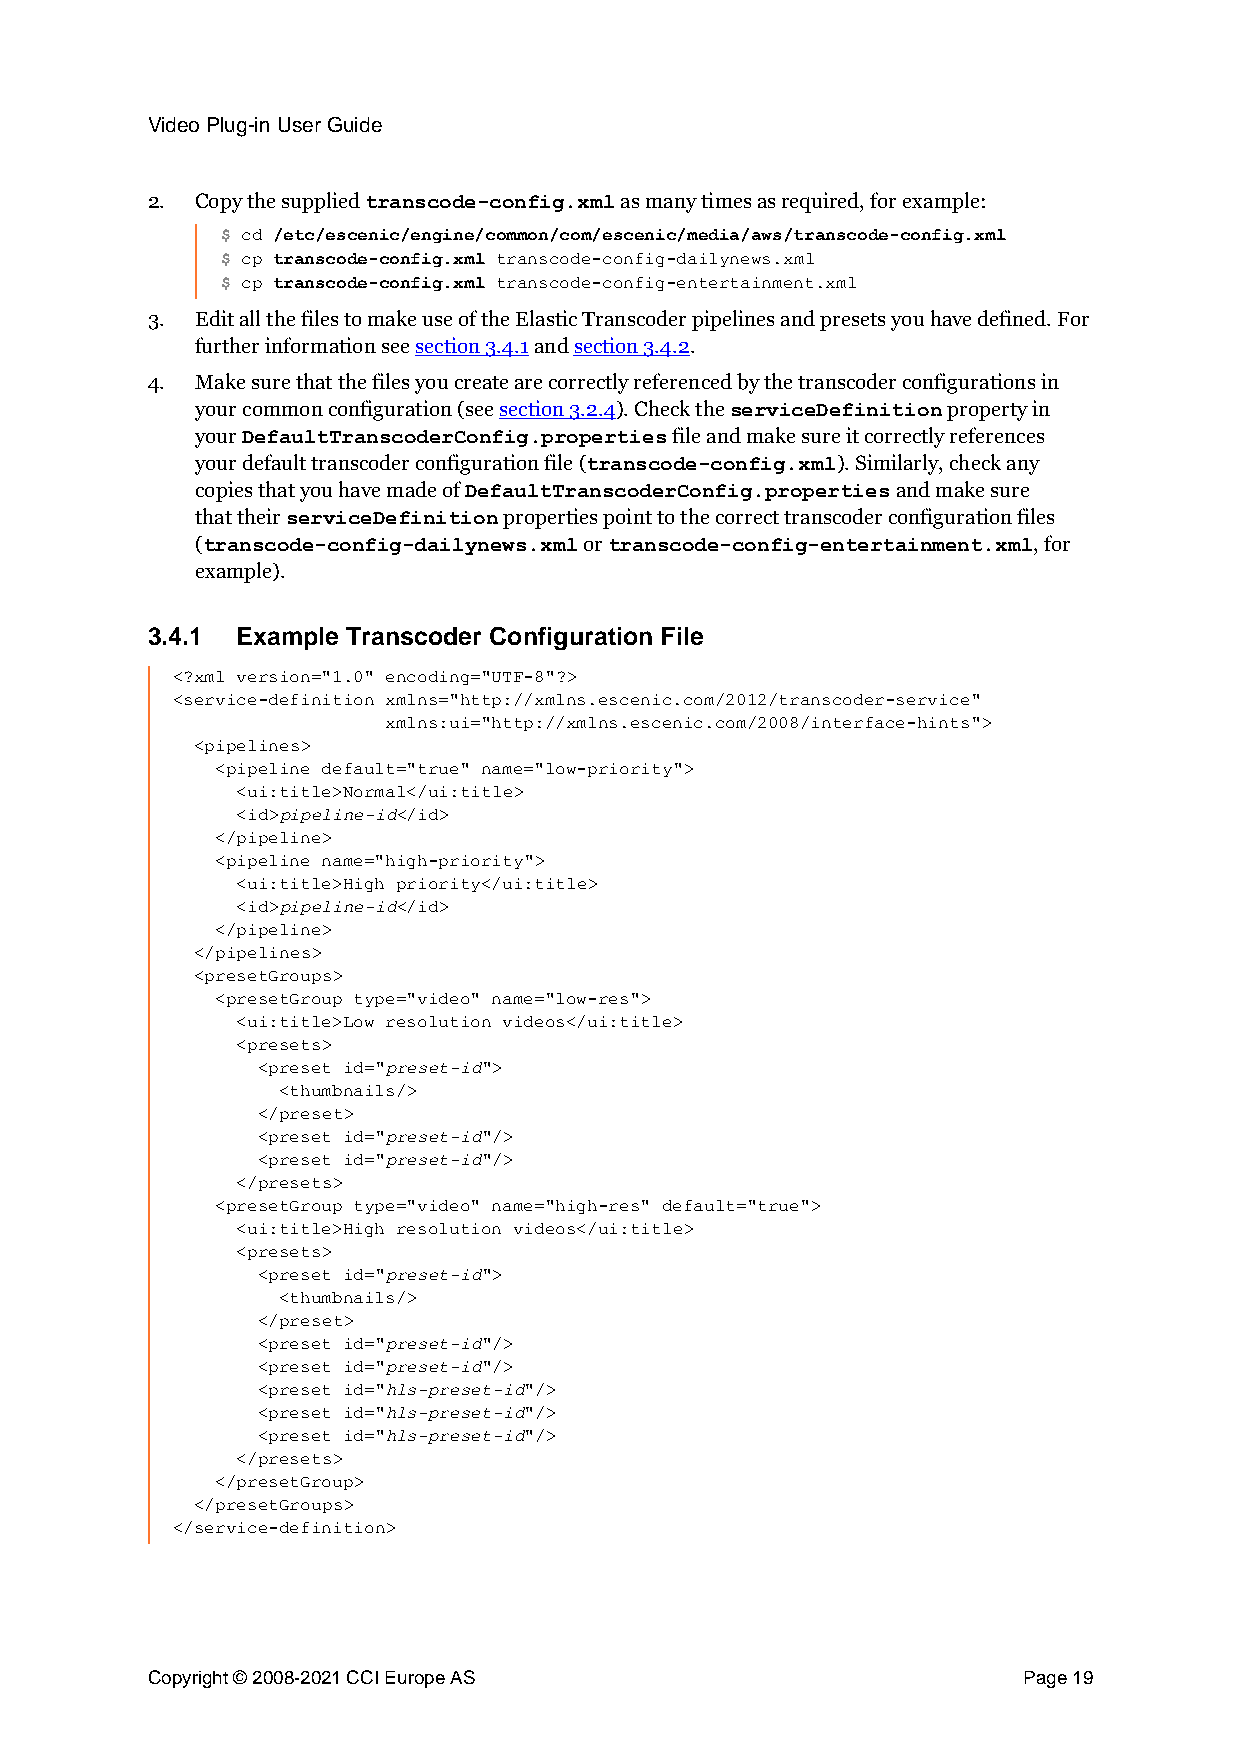
Video Plug-in User Guide
 2. Copy the supplied           as many times as required, for example:
 transcode-config.xml
 $ cd /etc/escenic/engine/common/com/escenic/media/aws/transcode-config.xml
 $ cp transcode-config.xml transcode-config-dailynews.xml
 $ cp transcode-config.xml transcode-config-entertainment.xml
 3. Edit all the files to make use of the Elastic Transcoder pipelines and presets you have defined. For
 further information see section 3.4.1 and section 3.4.2.
 4. Make sure that the files you create are correctly referenced by the transcoder configurations in
 your common configuration (see section 3.2.4). Check the property in
 serviceDefinition
 your                           file and make sure it correctly references
 DefaultTranscoderConfig.properties
 your default transcoder configuration file ( ). Similarly, check any
 transcode-config.xml
 copies that you have made of                  and make sure
 DefaultTranscoderConfig.properties
 that their          properties point to the correct transcoder configuration files
 serviceDefinition
 (                         or                           , for
 transcode-config-dailynews.xml transcode-config-entertainment.xml
 example).
 3.4.1 Example Transcoder Configuration File
 <?xml version="1.0" encoding="UTF-8"?>
 <service-definition xmlns="http://xmlns.escenic.com/2012/transcoder-service"
 xmlns:ui="http://xmlns.escenic.com/2008/interface-hints">
 <pipelines>
 <pipeline default="true" name="low-priority">
 <ui:title>Normal</ui:title>
 pipeline-id
 <id>      </id>
 </pipeline>
 <pipeline name="high-priority">
 <ui:title>High priority</ui:title>
 pipeline-id
 <id>      </id>
 </pipeline>
 </pipelines>
 <presetGroups>
 <presetGroup type="video" name="low-res">
 <ui:title>Low resolution videos</ui:title>
 <presets>
 preset-id
 <preset id="   ">
 <thumbnails/>
 </preset>
 preset-id
 <preset id="   "/>
 preset-id
 <preset id="   "/>
 </presets>
 <presetGroup type="video" name="high-res" default="true">
 <ui:title>High resolution videos</ui:title>
 <presets>
 preset-id
 <preset id="   ">
 <thumbnails/>
 </preset>
 preset-id
 <preset id="   "/>
 preset-id
 <preset id="   "/>
 hls-preset-id
 <preset id="      "/>
 hls-preset-id
 <preset id="      "/>
 hls-preset-id
 <preset id="      "/>
 </presets>
 </presetGroup>
 </presetGroups>
 </service-definition>
 Copyright © 2008-2021 CCI Europe AS                       Page 19